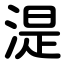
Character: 湜